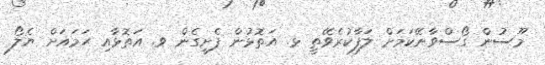
މޫސުން ގޯސްވާނޭކަމަށް ލަފާކުރެވޭތީ ޅ. އަތޮޅުން ފެށިގެން ވ. އަތޮޅާއި ހަމައަށް ޔެލޯ